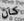
كان